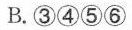
B.③④⑤⑥